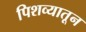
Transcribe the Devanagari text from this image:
पिशव्यातून